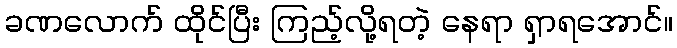
ခဏလောက် ထိုင်ပြီး ကြည့်လို့ရတဲ့ နေရာ ရှာရအောင်။